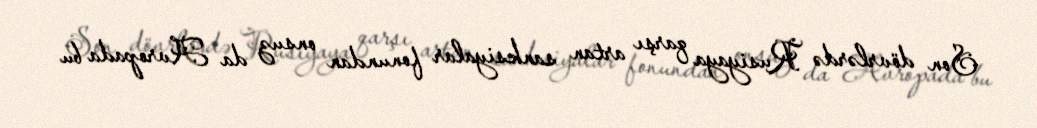
Son dövrlərdə Rusiyaya qarşı artan sanksiyalar fonundan onsuz da Avropada bu